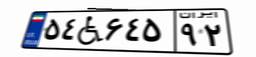
۵۴W۶۴۵۹۲